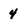
Character: 4